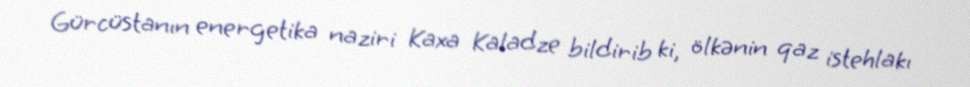
Gürcüstanın energetika naziri Kaxa Kaladze bildirib ki, ölkənin qaz istehlakı